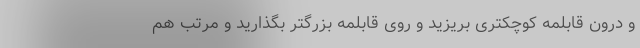
و درون قابلمه کوچکتری بریزید و روی قابلمه بزرگتر بگذارید و مرتب هم